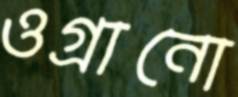
ওগ্‌রানো